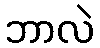
ဘာလဲ